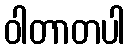
ဝါတာတပါ